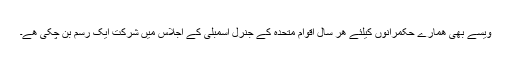
ویسے بھی ھمارے حکمرانوں کیلئے ھر سال اقوام متحدہ کے جنرل اسمبلی کے اجلاس میں شرکت ایک رسم بن چکی ھے۔